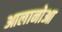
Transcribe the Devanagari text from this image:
आलानोआ